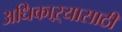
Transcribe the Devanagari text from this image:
अधिकाऱ्यासाठी